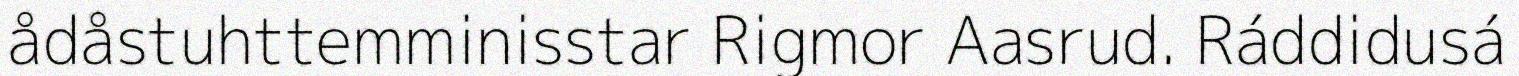
ådåstuhttemminisstar Rigmor Aasrud. Ráddidusá